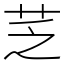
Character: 䒦